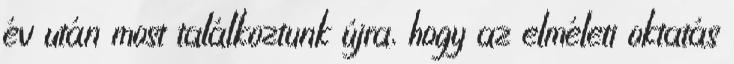
év után most találkoztunk újra, hogy az elméleti oktatás